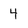
Character: 4